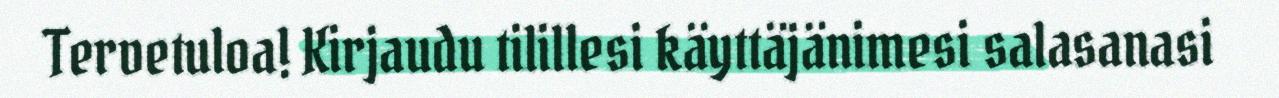
Tervetuloa! Kirjaudu tilillesi käyttäjänimesi salasanasi